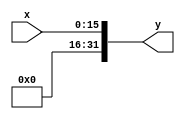
module Zero(x,y);
input [15:0] x;
output [31:0] y ;

assign y = {16'b0,x};

endmodule